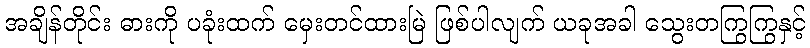
အချိန်တိုင်း ဓားကို ပခုံးထက် မှေးတင်ထားမြဲ ဖြစ်ပါလျက် ယခုအခါ သွေးတကြွကြွနှင့်